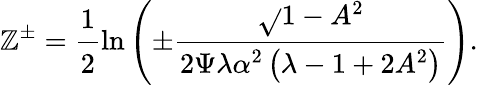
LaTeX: \mathbb{Z}^{\pm}=\cfrac{1}{2}\ln\left(\pm\cfrac{\sqrt{}{{1-A^{2}}}}{2\Psi\lambda\alpha^{2}\left(\lambda-1+2A^{2}\right)}\right).